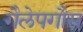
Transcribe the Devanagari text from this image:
गैलेपगौस